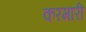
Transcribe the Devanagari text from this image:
करमारी